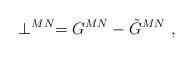
LaTeX: \begin{align*}\perp^{MN} = G^{MN} - \tilde{G}^{MN}~,\end{align*}